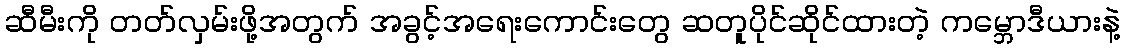
ဆီမီးကို တတ်လှမ်းဖို့အတွက် အခွင့်အရေးကောင်းတွေ ဆတူပိုင်ဆိုင်ထားတဲ့ ကမ္ဘောဒီယားနဲ့